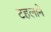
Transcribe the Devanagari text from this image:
टहलाने